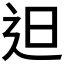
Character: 𨑨